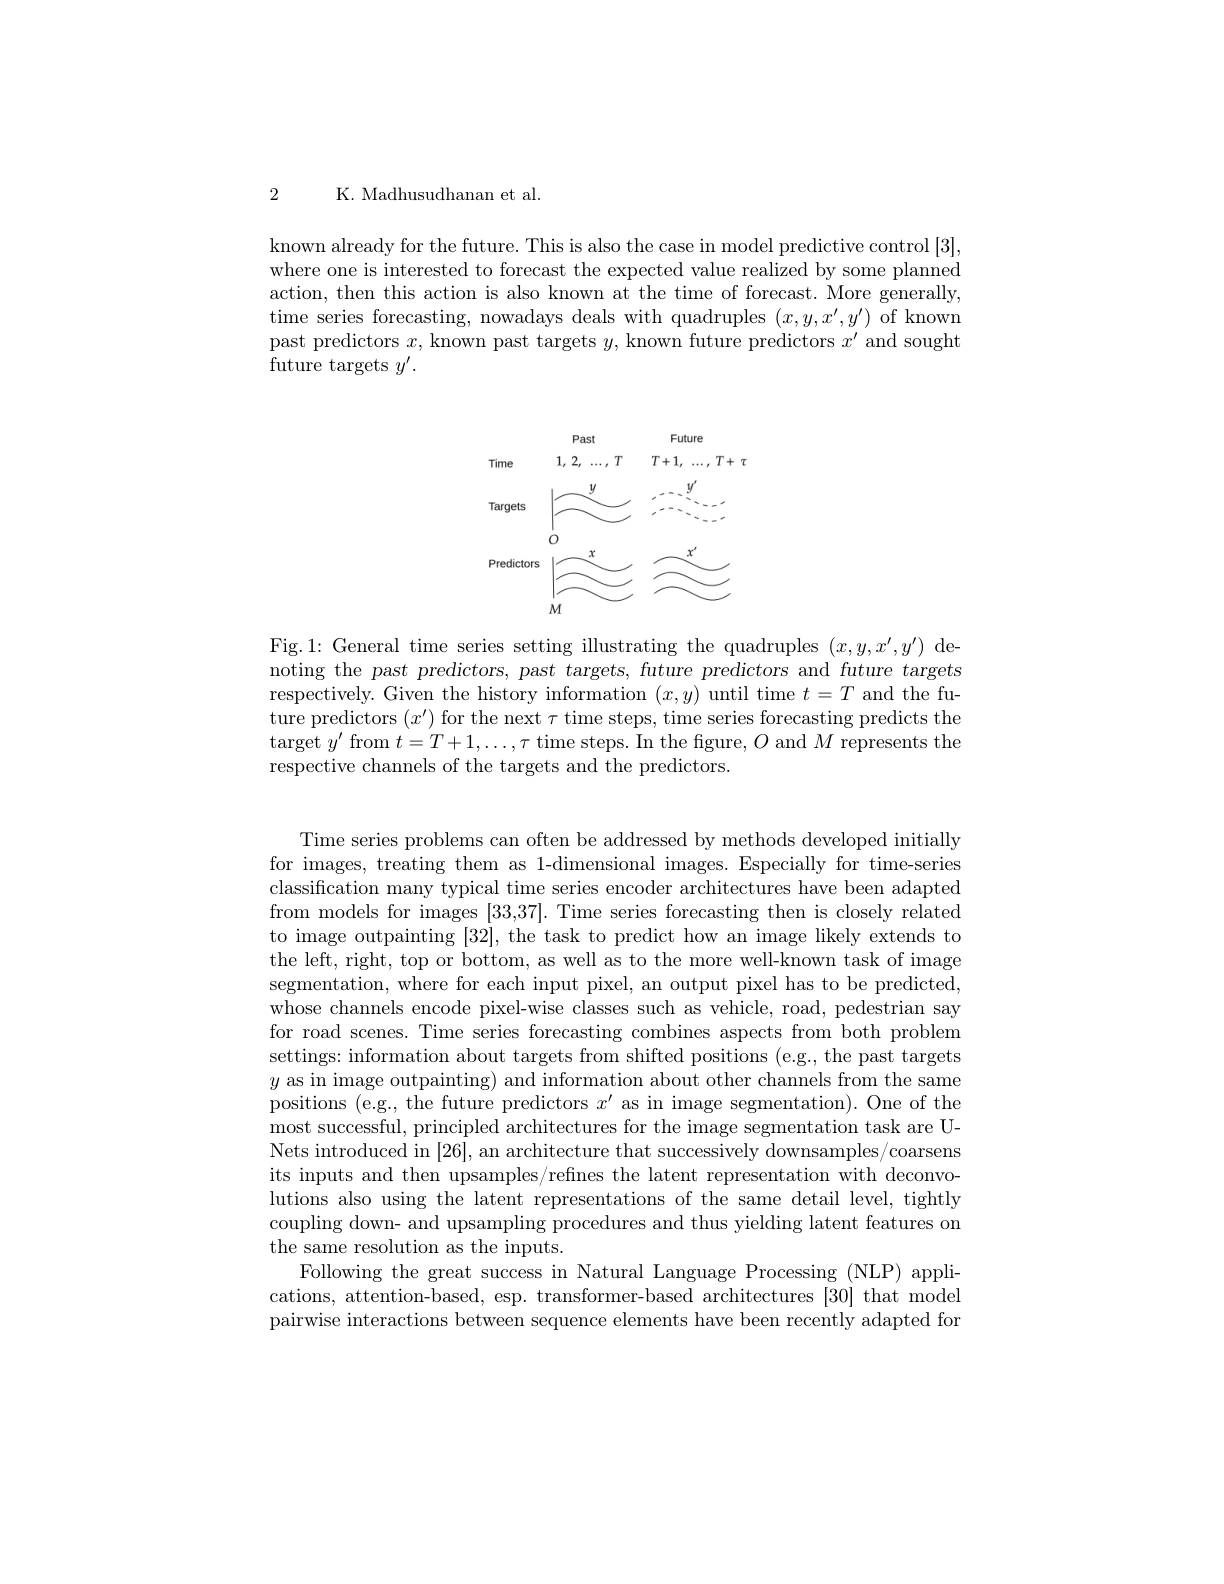
2 K. Madhusudhanan et al.

known already for the future. This is also the case in model predictive control [3], where one is interested to forecast the expected value realized by some planned action, then this action is also known at the time of forecast. More generally, time series forecasting, nowadays deals with quadruples $(x,y,x^{\prime},y^{\prime})$ of known past predictors $x$,known past targets $y$, known future predictors $x^\prime$ and sought future targets $y^\prime.$

<FigureHere>

Fig.1: General time series setting illustrating the quadruples $(x,y,x^{\prime},y^{\prime})$ denoting the past predictors, past targets, future predictors and future targets respectively. Given the history information $(x,y)$ until time $t=T$ and the future predictors $(x^\prime)$ for the next $\tau$ time steps, time series forecasting predicts the target $y^\prime$ from $t=T+1,\ldots,\tau$ time steps. In the figure, $O$ and $M$ represents the respective channels of the targets and the predictors.

Time series problems can often be addressed by methods developed initially for images, treating them as 1-dimensional images. Especially for time-series classification many typical time series encoder architectures have been adapted from models for images [33,37]. Time series forecasting then is closely related to image outpainting [32], the task to predict how an image likely extends to the left, right, top or bottom, as well as to the more well-known task of image segmentation, where for each input pixel, an output pixel has to be predicted, whose channels encode pixel-wise classes such as vehicle, road, pedestrian say for road scenes. Time series forecasting combines aspects from both problem settings: information about targets from shifted positions (e.g., the past targets $y$ as in image outpainting) and information about other channels from the same positions (e.g., the future predictors $x^\prime$ as in image segmentation). One of the most successful, principled architectures for the image segmentation task are UNets introduced in [26],an architecture that successively downsamples/coarsens its inputs and then upsamples/refines the latent representation with deconvolutions also using the latent representations of the same detail level, tightly coupling down- and upsampling procedures and thus yielding latent features on the same resolution as the inputs.
Following the great success in Natural Language Processing (NLP) applications, attention-based, esp. transformer-based architectures [30] that model pairwise interactions between sequence elements have been recently adapted for